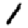
Digit: 1